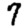
Digit: 7